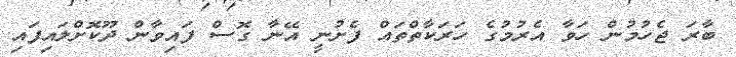
ބާރަ ޖެހުމުން ހަވާ އެރުމުގެ ހަރަކާތްތައް ފެށުނީ އޭނާ ގޮސް ފައިވާން ދޫކޮށްލައިފައި